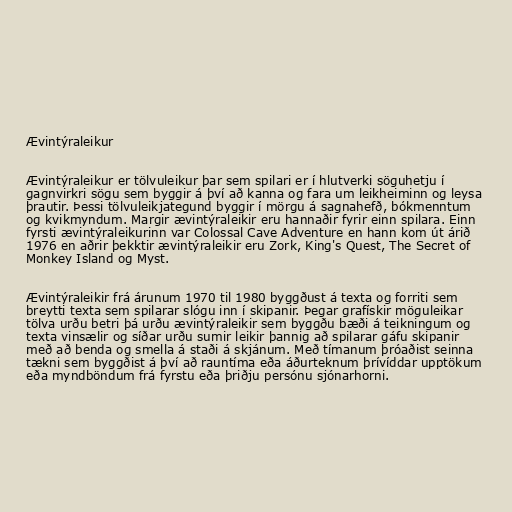
Ævintýraleikur

Ævintýraleikur er tölvuleikur þar sem spilari er í hlutverki söguhetju í
gagnvirkri sögu sem byggir á því að kanna og fara um leikheiminn og leysa
þrautir. Þessi tölvuleikjategund byggir í mörgu á sagnahefð, bókmenntum
og kvikmyndum. Margir ævintýraleikir eru hannaðir fyrir einn spilara. Einn
fyrsti ævintýraleikurinn var Colossal Cave Adventure en hann kom út árið
1976 en aðrir þekktir ævintýraleikir eru Zork, King's Quest, The Secret of
Monkey Island og Myst.

Ævintýraleikir frá árunum 1970 til 1980 byggðust á texta og forriti sem
breytti texta sem spilarar slógu inn í skipanir. Þegar grafískir möguleikar
tölva urðu betri þá urðu ævintýraleikir sem byggðu bæði á teikningum og
texta vinsælir og síðar urðu sumir leikir þannig að spilarar gáfu skipanir
með að benda og smella á staði á skjánum. Með tímanum þróaðist seinna
tækni sem byggðist á því að rauntíma eða áðurteknum þrívíddar upptökum
eða myndböndum frá fyrstu eða þriðju persónu sjónarhorni.